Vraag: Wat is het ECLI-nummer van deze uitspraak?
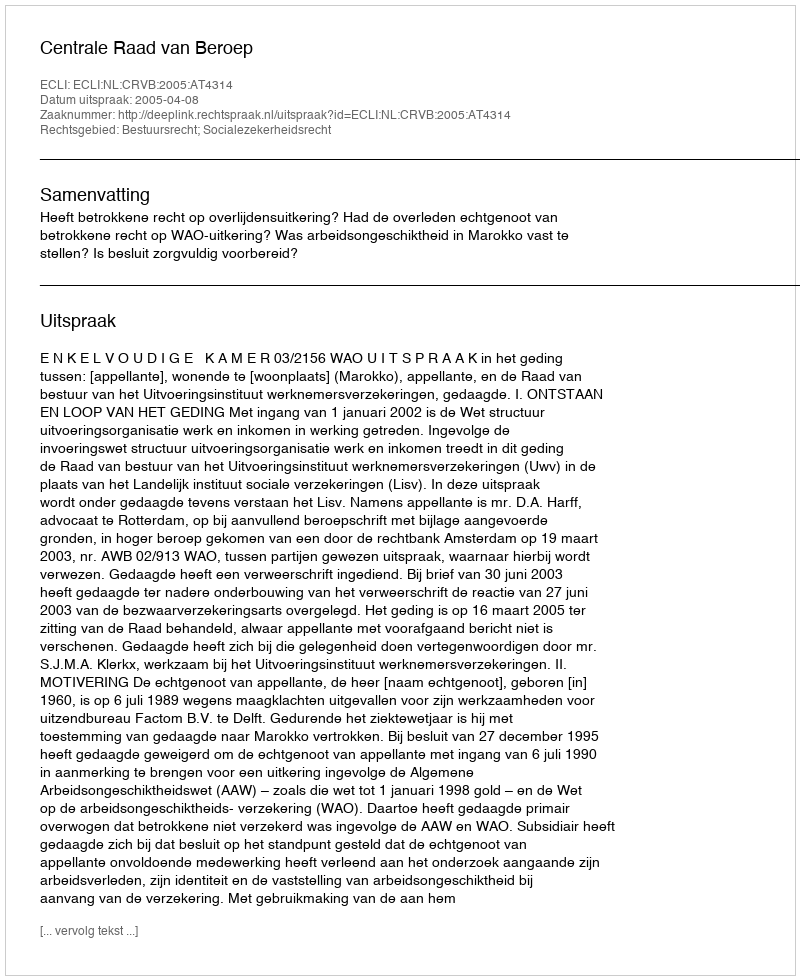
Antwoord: ECLI:NL:CRVB:2005:AT4314